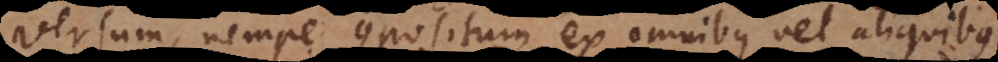
versum, nempe compositum ex omnibus vel aliquibus.